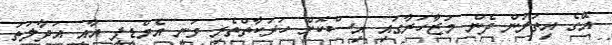
އޭގެ އިތުރުން ދެން މުޒާހަރާގައި އިސްކޮށް ހަރަކާތްތެރި ވަނީ އެމްޑީޕީ އާއި އަދާލަތު